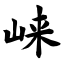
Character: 崃